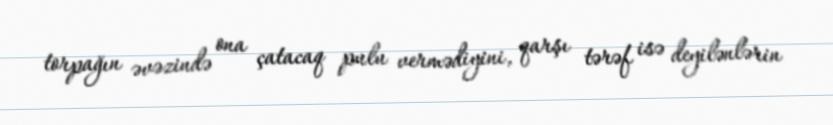
torpağın əvəzində ona çatacaq pulu vermədiyini, qarşı tərəf isə deyilənlərin